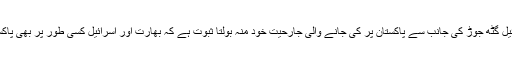
حالیہ دنوں بھارت اور اسرائیل گٹھ جوڑ کی جانب سے پاکستان پر کی جانے والی جارحیت خود منہ بولتا ثبوت ہے کہ بھارت اور اسرائیل کسی طور پر بھی پاکستان کے خیر خواہ نہیں ہیں۔